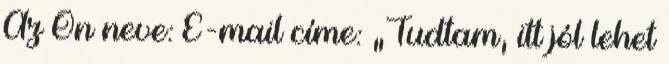
Az Ön neve: E-mail címe: „Tudtam, itt jól lehet